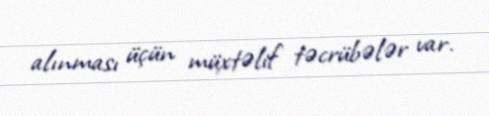
alınması üçün müxtəlif təcrübələr var.